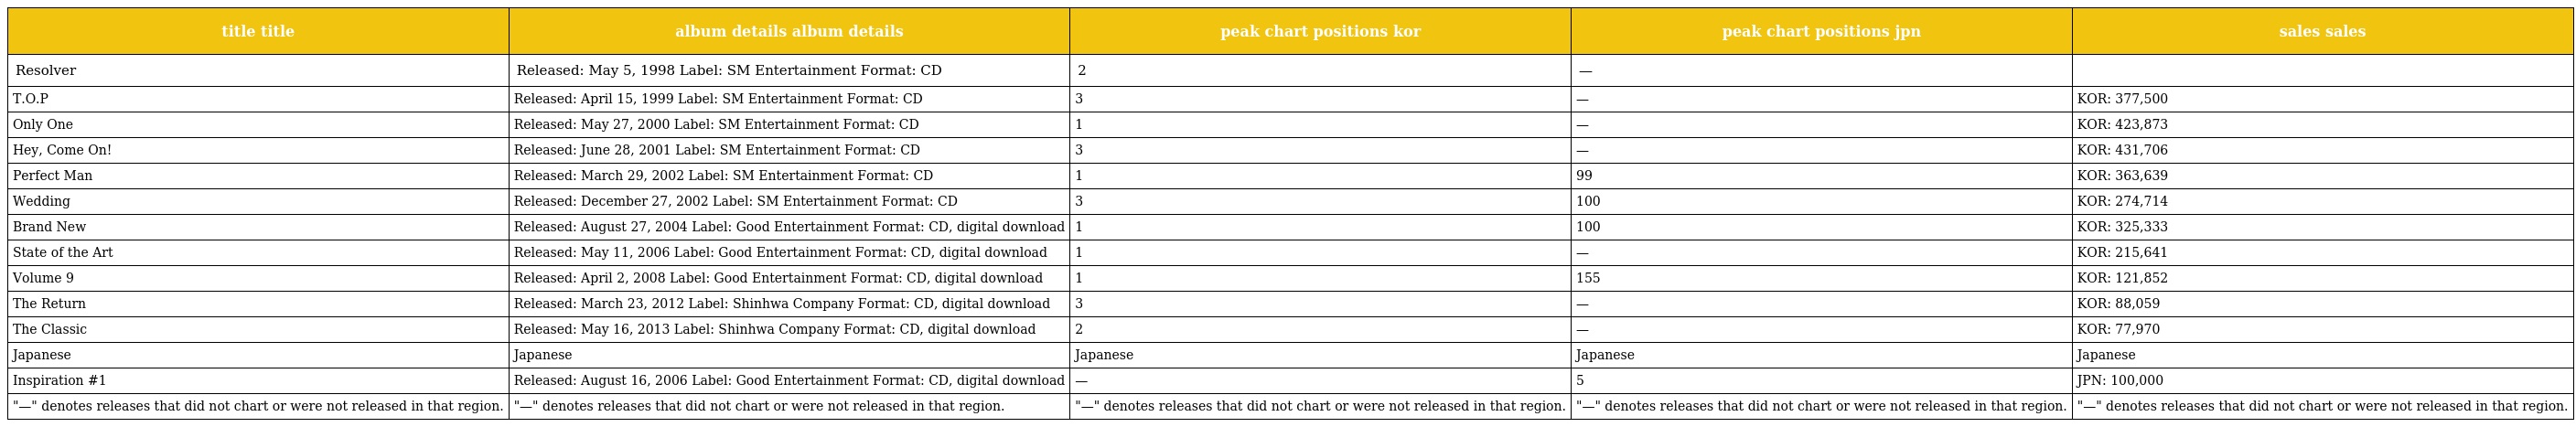
| title title | album details album details | peak chart positions kor | peak chart positions jpn | sales sales |
 | --- | --- | --- | --- | --- |
 | Resolver | Released: May 5, 1998 Label: SM Entertainment Format: CD | 2 | — |  |
 | T.O.P | Released: April 15, 1999 Label: SM Entertainment Format: CD | 3 | — | KOR: 377,500 |
 | Only One | Released: May 27, 2000 Label: SM Entertainment Format: CD | 1 | — | KOR: 423,873 |
 | Hey, Come On! | Released: June 28, 2001 Label: SM Entertainment Format: CD | 3 | — | KOR: 431,706 |
 | Perfect Man | Released: March 29, 2002 Label: SM Entertainment Format: CD | 1 | 99 | KOR: 363,639 |
 | Wedding | Released: December 27, 2002 Label: SM Entertainment Format: CD | 3 | 100 | KOR: 274,714 |
 | Brand New | Released: August 27, 2004 Label: Good Entertainment Format: CD, digital download | 1 | 100 | KOR: 325,333 |
 | State of the Art | Released: May 11, 2006 Label: Good Entertainment Format: CD, digital download | 1 | — | KOR: 215,641 |
 | Volume 9 | Released: April 2, 2008 Label: Good Entertainment Format: CD, digital download | 1 | 155 | KOR: 121,852 |
 | The Return | Released: March 23, 2012 Label: Shinhwa Company Format: CD, digital download | 3 | — | KOR: 88,059 |
 | The Classic | Released: May 16, 2013 Label: Shinhwa Company Format: CD, digital download | 2 | — | KOR: 77,970 |
 | Japanese | Japanese | Japanese | Japanese | Japanese |
 | Inspiration #1 | Released: August 16, 2006 Label: Good Entertainment Format: CD, digital download | — | 5 | JPN: 100,000 |
 | "—" denotes releases that did not chart or were not released in that region. | "—" denotes releases that did not chart or were not released in that region. | "—" denotes releases that did not chart or were not released in that region. | "—" denotes releases that did not chart or were not released in that region. | "—" denotes releases that did not chart or were not released in that region. |